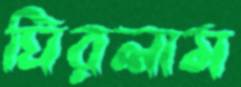
ঘিরলাম